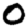
Digit: 0